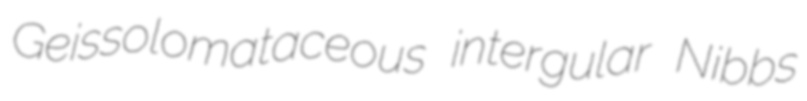
Geissolomataceous intergular Nibbs